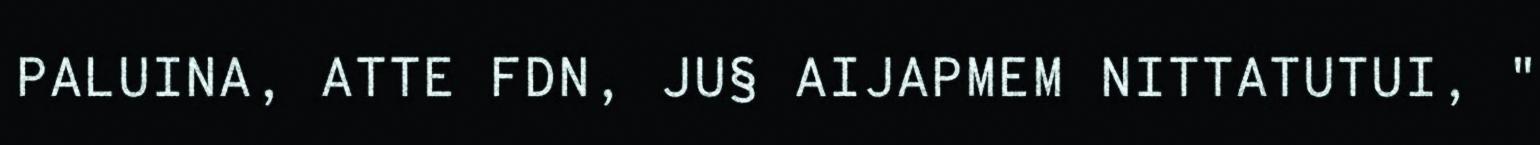
PALUINA, ATTE FDN, JU§ AIJAPMEM NITTATUTUI, "